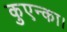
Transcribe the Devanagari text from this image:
कुएन्का।